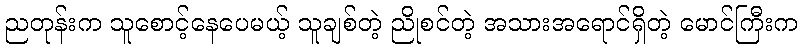
ညတုန်းက သူစောင့်နေပေမယ့် သူချစ်တဲ့ ညိုစင်တဲ့ အသားအရောင်ရှိတဲ့ မောင်ကြီးက